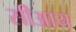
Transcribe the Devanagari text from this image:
सीआय